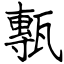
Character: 甎